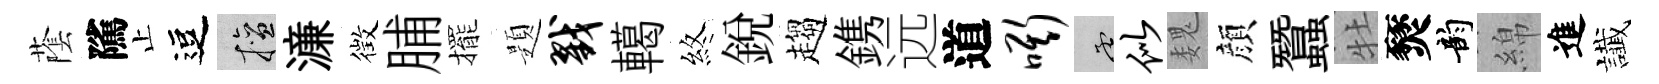
䕃隲止逗擅濓徴脯擺題戮轕煞銳趨鎸远道嘶孟似魏顔蠶牡燹韵綿進䜟